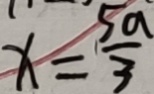
x = \frac { 5 a } { 3 }